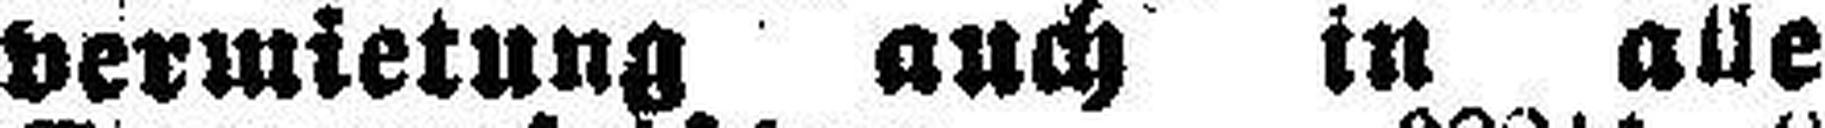
vermietung auch in alle